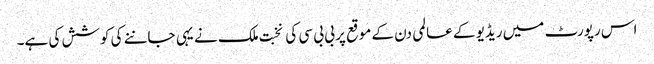
اس رپورٹ میں ریڈیو کے عالمی دن کے موقع پر بی بی سی کی نخبت ملک نے یہی جاننے کی کوشش کی ہے۔